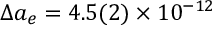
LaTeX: \Delta a _ { e } = 4 . 5 ( 2 ) \times 1 0 ^ { - 1 2 }